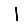
Digit: 1